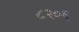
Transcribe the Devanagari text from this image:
८२०६